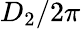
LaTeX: D_{2}/2\pi